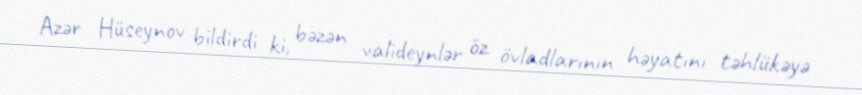
Azər Hüseynov bildirdi ki, bəzən valideynlər öz övladlarının həyatını təhlükəyə